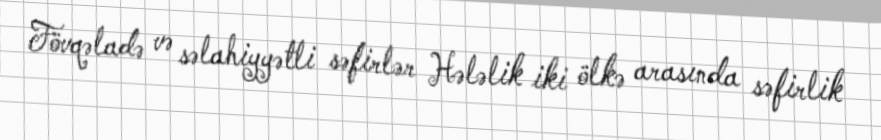
Fövqəladə və səlahiyyətli səfirlər Hələlik iki ölkə arasında səfirlik